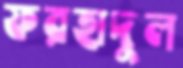
ফরহাদুল